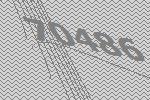
70486